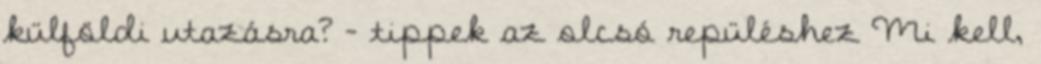
külföldi utazásra? - tippek az olcsó repüléshez Mi kell,